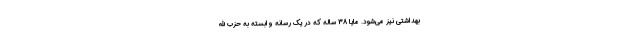
بهداشتی نیز می‌شود. مایا 38 ساله که در یک رسانه وابسته به حزب الله